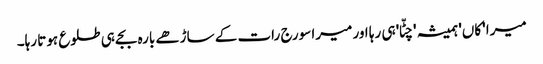
میرا 'کاں' ہمیشہ 'چٹّا' ہی رہا اور میرا سورج رات کے ساڑھے بارہ بجے ہی طلوع ہوتا رہا۔